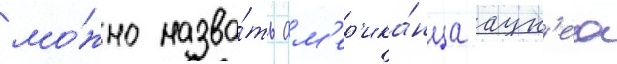
мо́жно назва́ть ам'ер'ика́нца аук'еа